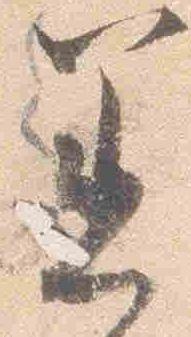
着